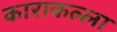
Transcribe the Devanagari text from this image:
काराकल्ला